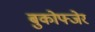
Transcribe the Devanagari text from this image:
बुकोफ्जेर